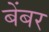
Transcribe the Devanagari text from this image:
बेंबर